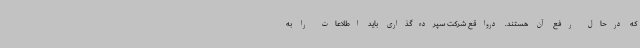
که درحال رفع آن هستند. درواقع شرکت سپرده‌گذاری باید اطلاعات را به